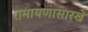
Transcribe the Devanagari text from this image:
रामायणासारखे